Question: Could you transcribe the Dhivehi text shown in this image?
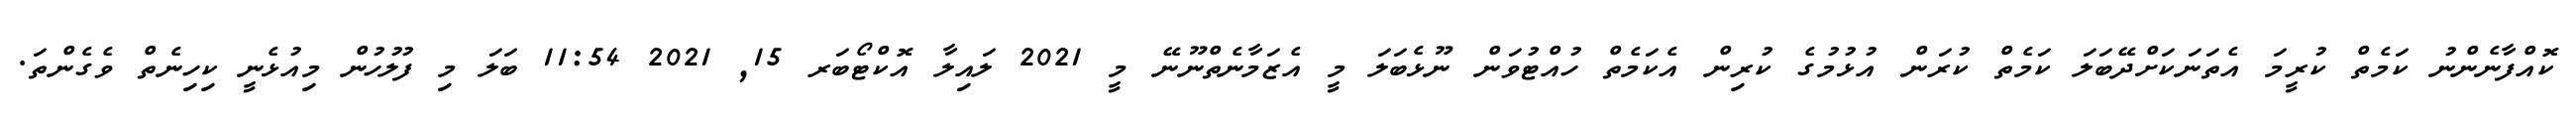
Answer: ކޮއްފާނެންނު ކަމެތް ކުރީމަ އެތަނަކަށްދޭބަލަ ކަމެތް ކުރަން އުޅުމުގެ ކުރިން އެކަމެތް ހުއްޓުވަން ނޫޅެބަލަ މީ އެޒަމާނެތްނޫނޭ މީ 2021 ލައިލާ އޮކްޓޯބަރ 15, 2021 11:54 ބަލަ މި ފުލުހުން މިއުޅެނީ ކިހިނެތް ވެގެންތަ.